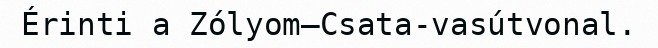
Érinti a Zólyom–Csata-vasútvonal.